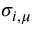
\sigma _ { i , \mu }